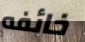
خائفه